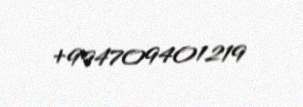
+994709401219